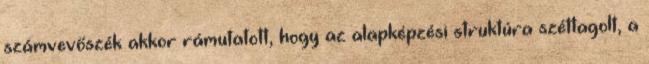
számvevőszék akkor rámutatott, hogy az alapképzési struktúra széttagolt, a